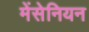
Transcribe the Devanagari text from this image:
मेंसेनियन